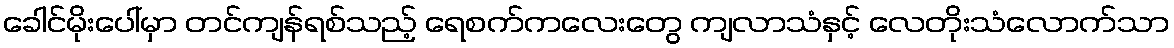
ခေါင်မိုးပေါ်မှာ တင်ကျန်ရစ်သည့် ရေစက်ကလေးတွေ ကျလာသံနှင့် လေတိုးသံလောက်သာ